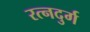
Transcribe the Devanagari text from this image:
रत्नदुर्ग